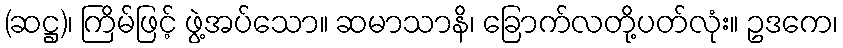
(ဆဋ္ဌ)၊ ကြိမ်ဖြင့် ဖွဲ့အပ်သော။ ဆမာသာနိ၊ ခြောက်လတို့ပတ်လုံး။ ဥဒကေ၊